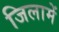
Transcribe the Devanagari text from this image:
जिलामें